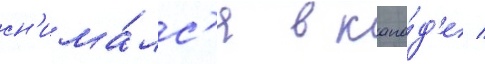
сн'има́лс'я в кана́д'е /